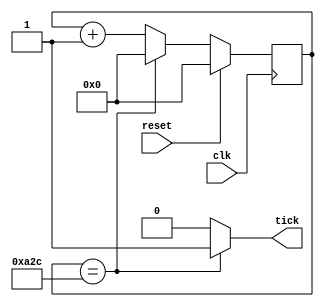
module baud_gen(clk, reset,  tick);
  input clk, reset;
  //output [11:0]q; 
  output tick;
  
  wire clk, reset;
  reg [11:0] q;
  wire tick;
  wire [11:0] q_next;
  
  always@(posedge clk)
    begin 
      if(reset)
        q = 0;
      else 
        q = q_next;
    end 
  
  assign q_next = (q == 2604) ? 0 :(q + 1);
  assign tick = (q == 2604)? 1 : 0;
endmodule